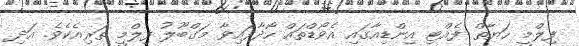
ފިލްމީ ހަޔާތް ފެއްޓި އިންޑިއާގައި އެވޯޑްތައް ހޯދާފައިވާ މަގްބޫލު ފިލްމީ ތަރިއެކެވެ. އަދި